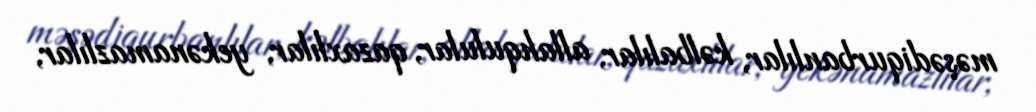
məşədiqurbanlılar, kəlbalılar, allahqulular, qazaxlılar, yekənamazlılar,